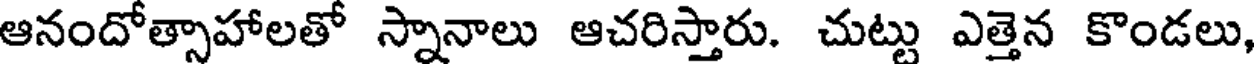
ఆనందోత్సాహాలతో స్నానాలు ఆచరిస్తారు. చుట్టు ఎత్తెన కొండలు,